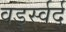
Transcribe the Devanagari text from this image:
वर्ड्स्वर्द